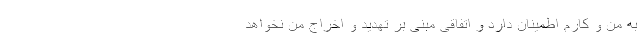
به من و کارم اطمینان دارد و اتفاقی مبنی بر تهدید و اخراج من نخواهد